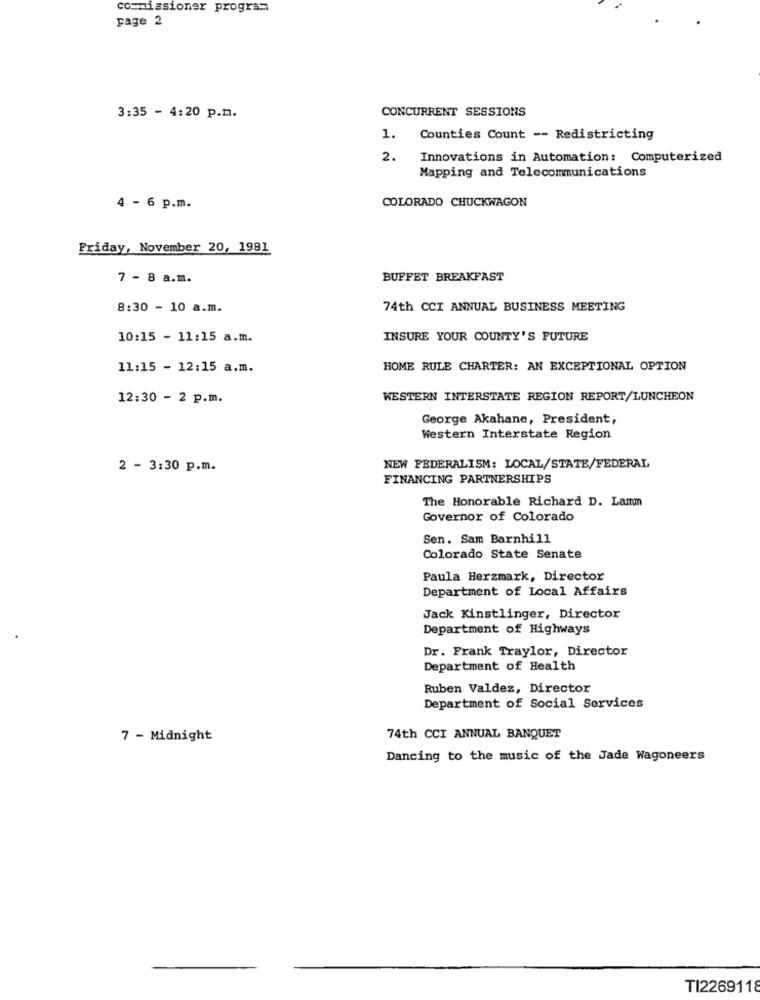
commissioner program
page 2
CONCURRENT SESSIONS
3:35 - 4:20 p.m.
1. Counties Count -- Redistricting
2.
Innovations in Automation: Computerized
Mapping and Telecommunications
4 - 6 p.m.
COLORADO CHUCKWAGON
Friday, November 20, 1981
7 - 8 a.m.
BUFFET BREAKFAST
8:30 - 10 a.m.
74th CCI ANNUAL BUSINESS MEETING
10:15 - 11:15 a.m.
INSURE YOUR COUNTY'S FUTURE
11:15 - 12:15 a.m.
HOME RULE CHARTER: AN EXCEPTIONAL OPTION
12:30 - 2 p.m.
WESTERN INTERSTATE REGION REPORT/LUNCHEON
George Akahane, President,
Western Interstate Region
2 - 3:30 p.m.
NEW FEDERALISM: LOCAL/STATE/FEDERAL
FINANCING PARTNERSHIPS
The Honorable Richard D. Lamm
Governor of Colorado
Sen. Sam Barnhill
Colorado State Senate
Paula Herzmark, Director
Department of Local Affairs
Jack Kinstlinger, Director
Department of Highways
Dr. Frank Traylor, Director
Department of Health
Ruben Valdez, Director
Department of Social Services
7 - Midnight
74th CCI ANNUAL BANQUET
Dancing to the music of the Jade Wagoneers
TI2269118